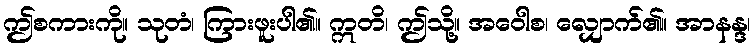
ဤစကားကို။ သုတံ၊ ကြားဖူးပါ၏။ ဣတိ၊ ဤသို့။ အဝေါစ၊ လျှောက်၏။ အာနန္ဒ၊